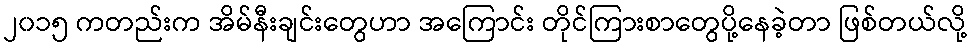
၂၀၁၅ ကတည်းက အိမ်နီးချင်းတွေဟာ အကြောင်း တိုင်ကြားစာတွေပို့နေခဲ့တာ ဖြစ်တယ်လို့